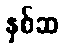
နှစ်ဆ